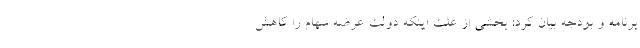
برنامه و بودجه بیان کرد: بخشی از علت اینکه دولت عرضه سهام را کاهش